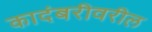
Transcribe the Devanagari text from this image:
कादंबरीवरील